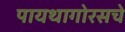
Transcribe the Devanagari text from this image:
पायथागोरसचे